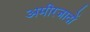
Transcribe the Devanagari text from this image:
अमीरजादों